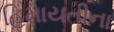
હિમાયતીના